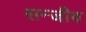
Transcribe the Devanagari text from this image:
सन्जीव